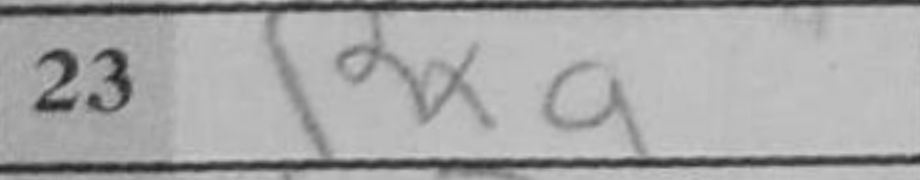
Transcription: Rxa